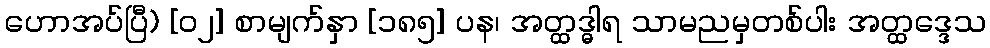
ဟောအပ်ပြီ) [၀၂] စာမျက်နှာ [၁၈၅] ပန၊ အတ္ထဒ္ဓါရ သာမညမှတစ်ပါး အတ္ထဒ္ဒေသ